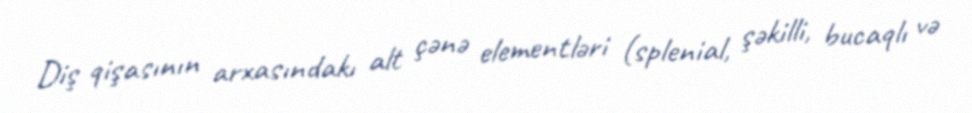
Diş qişasının arxasındakı alt çənə elementləri (splenial, şəkilli, bucaqlı və